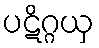
ပဋိဂ္ဂယှ